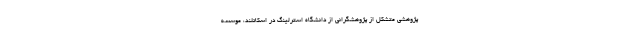
پژوهشی متشکل از پژوهشگرانی از دانشگاه استرلینگ در اسکاتلند، موسسه